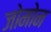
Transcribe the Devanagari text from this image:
जोमोन